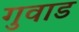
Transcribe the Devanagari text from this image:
गुवाड